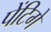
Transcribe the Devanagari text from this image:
पेंटिगे